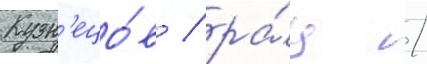
Кузн'ецо́в / ра́ц /